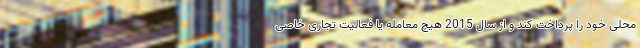
محلی خود را پرداخت کند و از سال 2015 هیچ معامله یا فعالیت تجاری خاصی